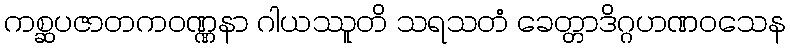
ကစ္ဆပဇာတကဝဏ္ဏနာ ဂါယဿူတိ သရသတံ ခေတ္တာဒိဂ္ဂဟဏဝသေန